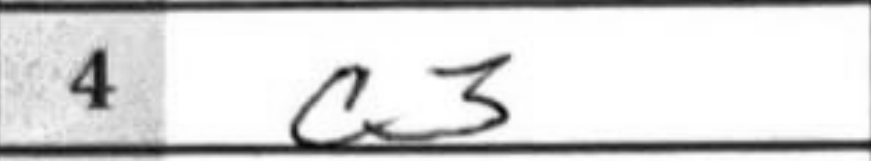
Transcription: c3